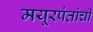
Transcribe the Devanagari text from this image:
मयूरपंतांची